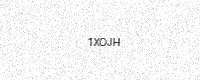
Text: 1XOJH